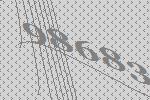
98683